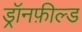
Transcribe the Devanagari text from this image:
ड्रॉनफ़ील्ड